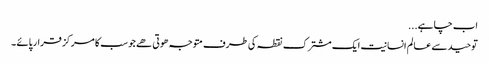
اب چاہے...
توحید سے عالم انسانیت ایک مشترک نقطہ کی طرف متوجہ ھوتی ھے جو سب کا مرکز قرار پائے ۔